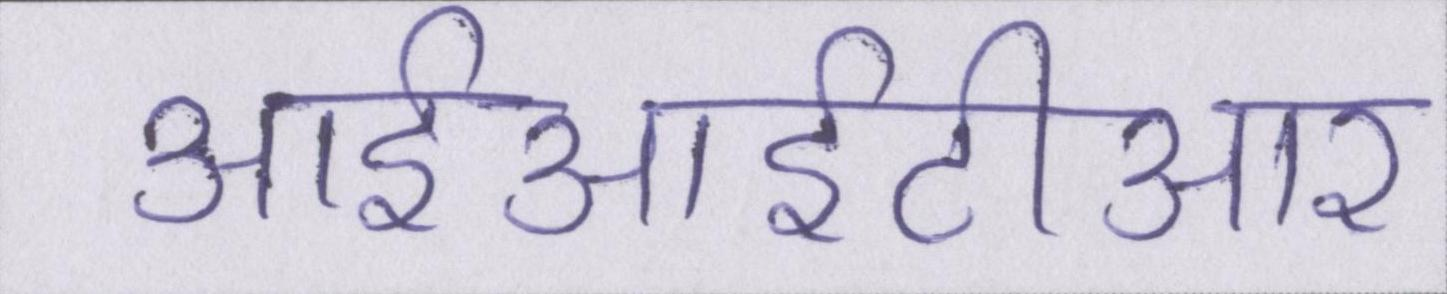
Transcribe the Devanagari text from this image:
आईआईटीआर